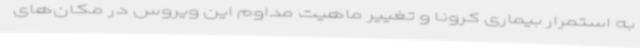
به استمرار بیماری کرونا و تغییر ماهیت مداوم این ویروس در مکان‌های